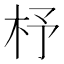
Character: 杼